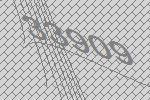
33909